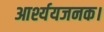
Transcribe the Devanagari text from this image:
आर्श्ययजनक।